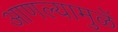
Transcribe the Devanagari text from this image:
आणल्यामुळें